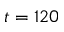
t = 1 2 0